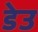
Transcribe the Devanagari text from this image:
डेउ